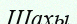
Шахы